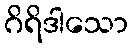
ဂိရိဒါသော